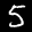
Label: 5